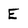
Character: E